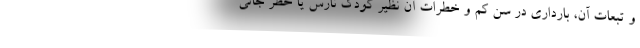
و تبعات آن، بارداری در سن کم و خطرات آن نظیر کودک نارس یا خطر جانی